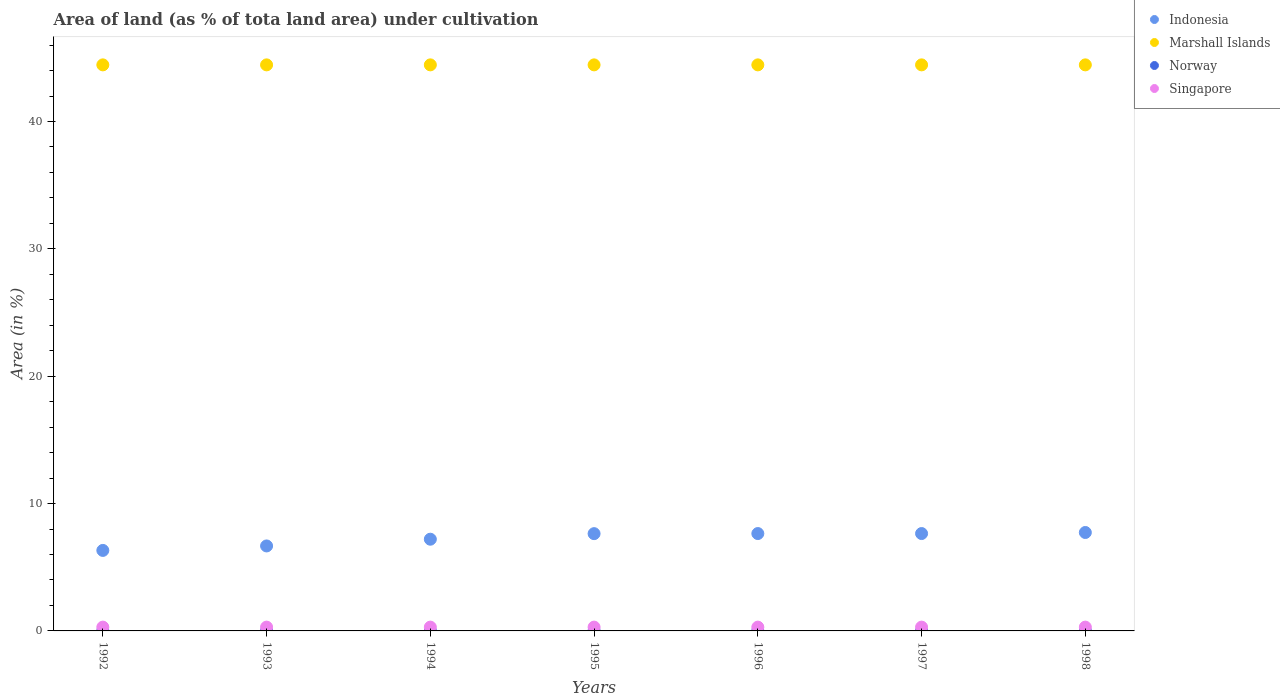
| Years | Indonesia | Marshall Islands | Norway | Singapore |
 | --- | --- | --- | --- | --- |
 | 1992 | 6.32 | 44.4 | 0.0137 | 0.299 |
 | 1993 | 6.67 | 44.4 | 0.0137 | 0.299 |
 | 1994 | 7.2 | 44.4 | 0.0137 | 0.299 |
 | 1995 | 7.64 | 44.4 | 0.0137 | 0.299 |
 | 1996 | 7.65 | 44.4 | 0.0137 | 0.299 |
 | 1997 | 7.65 | 44.4 | 0.0137 | 0.299 |
 | 1998 | 7.73 | 44.4 | 0.0137 | 0.299 |